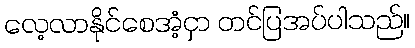
လေ့လာနိုင်စေအံ့ငှာ တင်ပြအပ်ပါသည်။